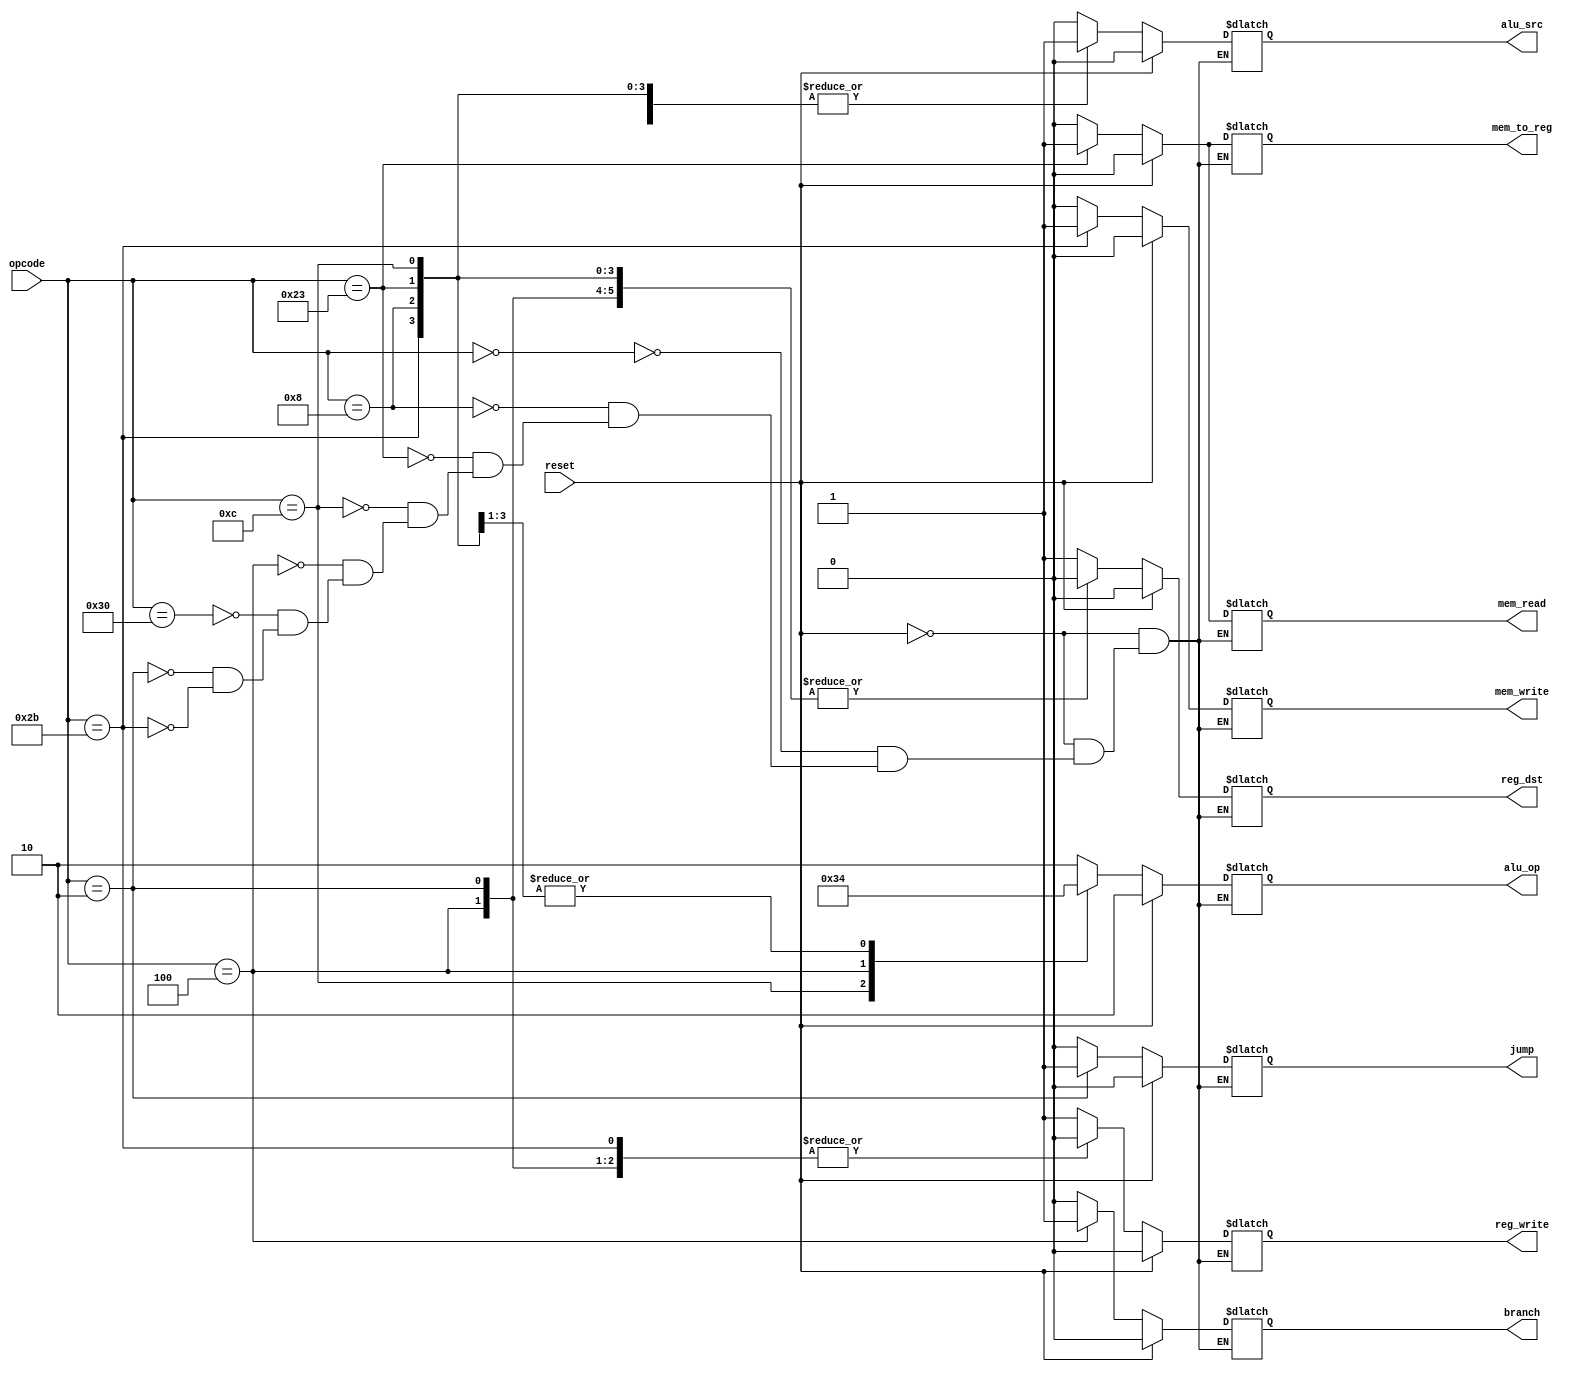
`timescale 1ns / 1ps
//////////////////////////////////////////////////////////////////////////////////
// Company: 
// Engineer: 
// 
// Design Name: 
// Module Name: control
// Project Name: 
// Target Devices: 
// Tool Versions: 
// Description: 
// 
// Dependencies: 
// 
// Revision:
// Revision 0.01 - File Created
// Additional Comments:
// 
//////////////////////////////////////////////////////////////////////////////////


module control(
    input reset,
    input[5:0] opcode,  
    output reg reg_dst, mem_to_reg, 
    output reg [1:0] alu_op,  
    output reg mem_read, mem_write, alu_src, reg_write, branch, jump
    );



always @(*)  
 begin  
      if(reset == 1'b1) begin  
                reg_dst = 1'b0;  
                mem_to_reg = 1'b0;  
                alu_op = 2'b10;  
                mem_read = 1'b0;  
                mem_write = 1'b0;  
                alu_src = 1'b0;  
                reg_write = 1'b0;      
                jump = 1'b0;
                branch = 1'b0;
      end  
      else begin  
      case(opcode)   
      6'b000000: begin // add, and, or, sub 
                reg_dst = 1'b1;  
                mem_to_reg = 1'b0;  
                alu_op = 2'b10;  
                mem_read = 1'b0;  
                mem_write = 1'b0;  
                alu_src = 1'b0;  
                reg_write = 1'b1;    
                jump = 1'b0;
                branch = 1'b0;
                end
                
      6'b001000: begin // addi 
                reg_dst = 1'b0;  
                mem_to_reg = 1'b0;  
                alu_op = 2'b00;  
                mem_read = 1'b0;  
                mem_write = 1'b0;  
                alu_src = 1'b1;  
                reg_write = 1'b1;    
                jump = 1'b0;
                branch = 1'b0;
                end 
      
      6'b100011: begin // lw  
                reg_dst = 1'b0;  
                mem_to_reg = 1'b1;  
                alu_op = 2'b00;    
                mem_read = 1'b1;  
                mem_write = 1'b0;  
                alu_src = 1'b1;  
                reg_write = 1'b1;   
                jump = 1'b0;
                branch = 1'b0;
                end  
      
      6'b001100: begin  //Andi
                reg_dst = 1'b0;  
                mem_to_reg = 1'b0;  
                alu_op = 2'b11;    
                mem_read = 1'b0;  
                mem_write = 1'b0;  
                alu_src = 1'b1;  
                reg_write = 1'b1;
                jump = 1'b0;
                branch = 1'b0;
                end  
    
     
      6'b000100: begin  //Beq
                reg_dst = 1'b0;  
                mem_to_reg = 1'b0;  
                alu_op = 2'b01;    
                mem_read = 1'b0;  
                mem_write = 1'b0;  
                alu_src = 1'b0;  
                reg_write = 1'b0;
                jump = 1'b0;  
                branch = 1'b1;
                end
   
    
    
    
      6'b110000: begin // sll, srl, sra
                reg_dst = 1'b1;  
                mem_to_reg = 1'b0;  
                alu_op = 2'b10;    
                mem_read = 1'b0;  
                mem_write = 1'b0;  
                alu_src = 1'b1;  
                reg_write = 1'b1;  
                jump = 1'b0;
                branch = 1'b0;
                end  
      
    
      
      
      6'b000010: begin //jump
                reg_dst = 1'b0;  
                mem_to_reg = 1'b0;  
                alu_op = 2'b10;    
                mem_read = 1'b0;  
                mem_write = 1'b0;  
                alu_src = 1'b0;  
                reg_write = 1'b0;  
                jump = 1'b1;
                branch = 1'b0;
                end
      
    
      
      6'b101011: begin // sw  
                reg_dst = 1'b0;  
                mem_to_reg = 1'b0;  
                alu_op = 2'b00;    
                mem_read = 1'b0;  
                mem_write = 1'b1;  
                alu_src = 1'b1;  
                reg_write = 1'b0;  
                jump = 1'b0;
                branch = 1'b0;
                end  
      
      endcase  
      end  
 end 
 endmodule